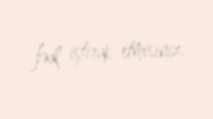
fəal iştirak etmisiniz.